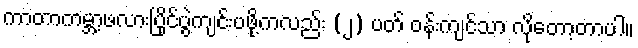
ကာတာကမ္ဘာ့ဖလားပြိုင်ပွဲကျင်းပဖို့ကလည်း (၂) ပတ် ဝန်းကျင်သာ လိုတော့တာပါ။